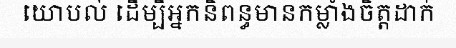
យោបល់ ដើម្បីអ្នកនិពន្ធមានកម្លាំងចិត្តដាក់